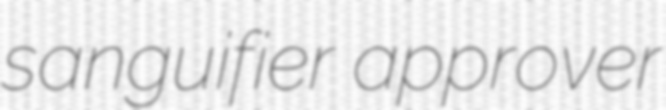
sanguifier approver